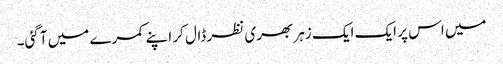
میں اس پر ایک ایک زہر بھری نظر ڈال کر اپنے کمرے میں آگئی۔